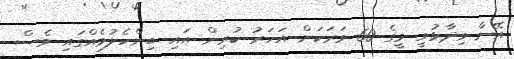
އޭނާ ވިދާޅުވީ މީގެ 60 ވަރަކަށް އަހަރު ކުރިން އައި ބިންހެލުމެއްގައި ވެސް